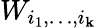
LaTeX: W_{i_{1},\dots,i_{\mathbf{k}}}